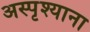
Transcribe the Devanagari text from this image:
अस्पृश्याना